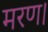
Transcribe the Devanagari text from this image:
मरण।